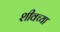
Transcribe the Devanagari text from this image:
शीवच्या